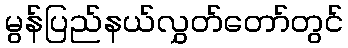
မွန်ပြည်နယ်လွှတ်တော်တွင်